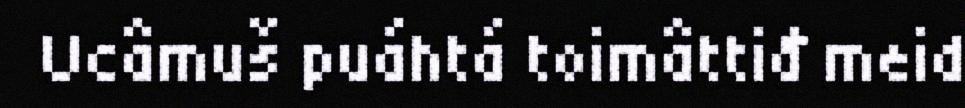
Ucâmuš puáhtá toimâttiđ meid